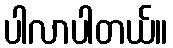
ပါလာပါတယ်။